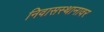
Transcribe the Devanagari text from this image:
निवासस्थानावर